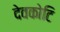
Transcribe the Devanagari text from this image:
देवकोटि